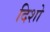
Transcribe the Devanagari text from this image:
दिशो